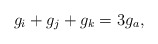
\begin{align*}g_i+g_j+g_k=3g_a,\end{align*}